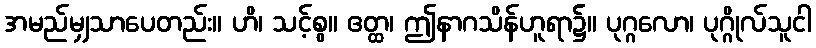
အမည်မျှသာပေတည်း။ ဟိ၊ သင့်စွ။ ဧတ္ထ၊ ဤနာဂသိန်ဟူရာ၌။ ပုဂ္ဂလော၊ ပုဂ္ဂိုလ်သူငါ